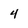
Character: 4